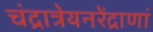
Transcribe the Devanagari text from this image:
चंद्रात्रेयनरेंद्राणां